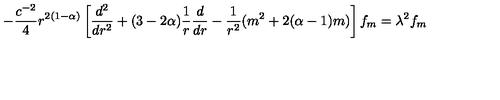
- \frac { c ^ { - 2 } } { 4 } r ^ { 2 ( 1 - \alpha ) } \left[ \frac { d ^ { 2 } } { d r ^ { 2 } } + ( 3 - 2 \alpha ) \frac { 1 } { r } \frac { d } { d r } - \frac { 1 } { r ^ { 2 } } ( m ^ { 2 } + 2 ( \alpha - 1 ) m ) \right] f _ { m } = \lambda ^ { 2 } f _ { m }